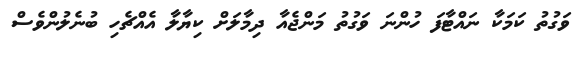
ވަގުތު ކަމަކާ ނައްޓާފަ ހުންނަ ވަގުތު މަންޖެއާ ދިމާލަށް ކިޔާލާ އެއްޗެހި ބުނެލުންވެސް